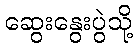
ဆွေးနွေးပွဲသို့